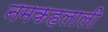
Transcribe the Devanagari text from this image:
नमकहलाली